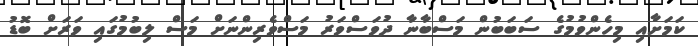
ކަމަށާއި މިހެންވުމުގެ ސަބަބުން މަސްބާނާ ދުވަސްވަރު މަސްވެރިންނަށް މަސް ލިބުމުގައި ވަރަށް ބޮޑު